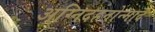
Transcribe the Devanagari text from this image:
अग्निदहनोन्माद